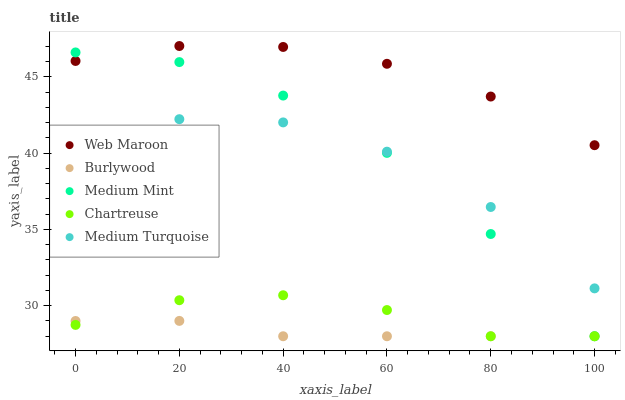
| xaxis_label | Web Maroon | Burlywood | Medium Mint | Chartreuse | Medium Turquoise |
 | --- | --- | --- | --- | --- | --- |
 | 0 | 46 | 29 | 46.6 | 28.7 | 40.7 |
 | 20 | 47 | 29 | 46 | 30.4 | 42.2 |
 | 40 | 47 | 28 | 43.8 | 30.7 | 42 |
 | 60 | 45.9 | 28 | 40 | 29.7 | 40.1 |
 | 80 | 43.7 | 28 | 34.7 | 28 | 36.5 |
 | 100 | 40.5 | 28 | 28 | 28 | 31.1 |